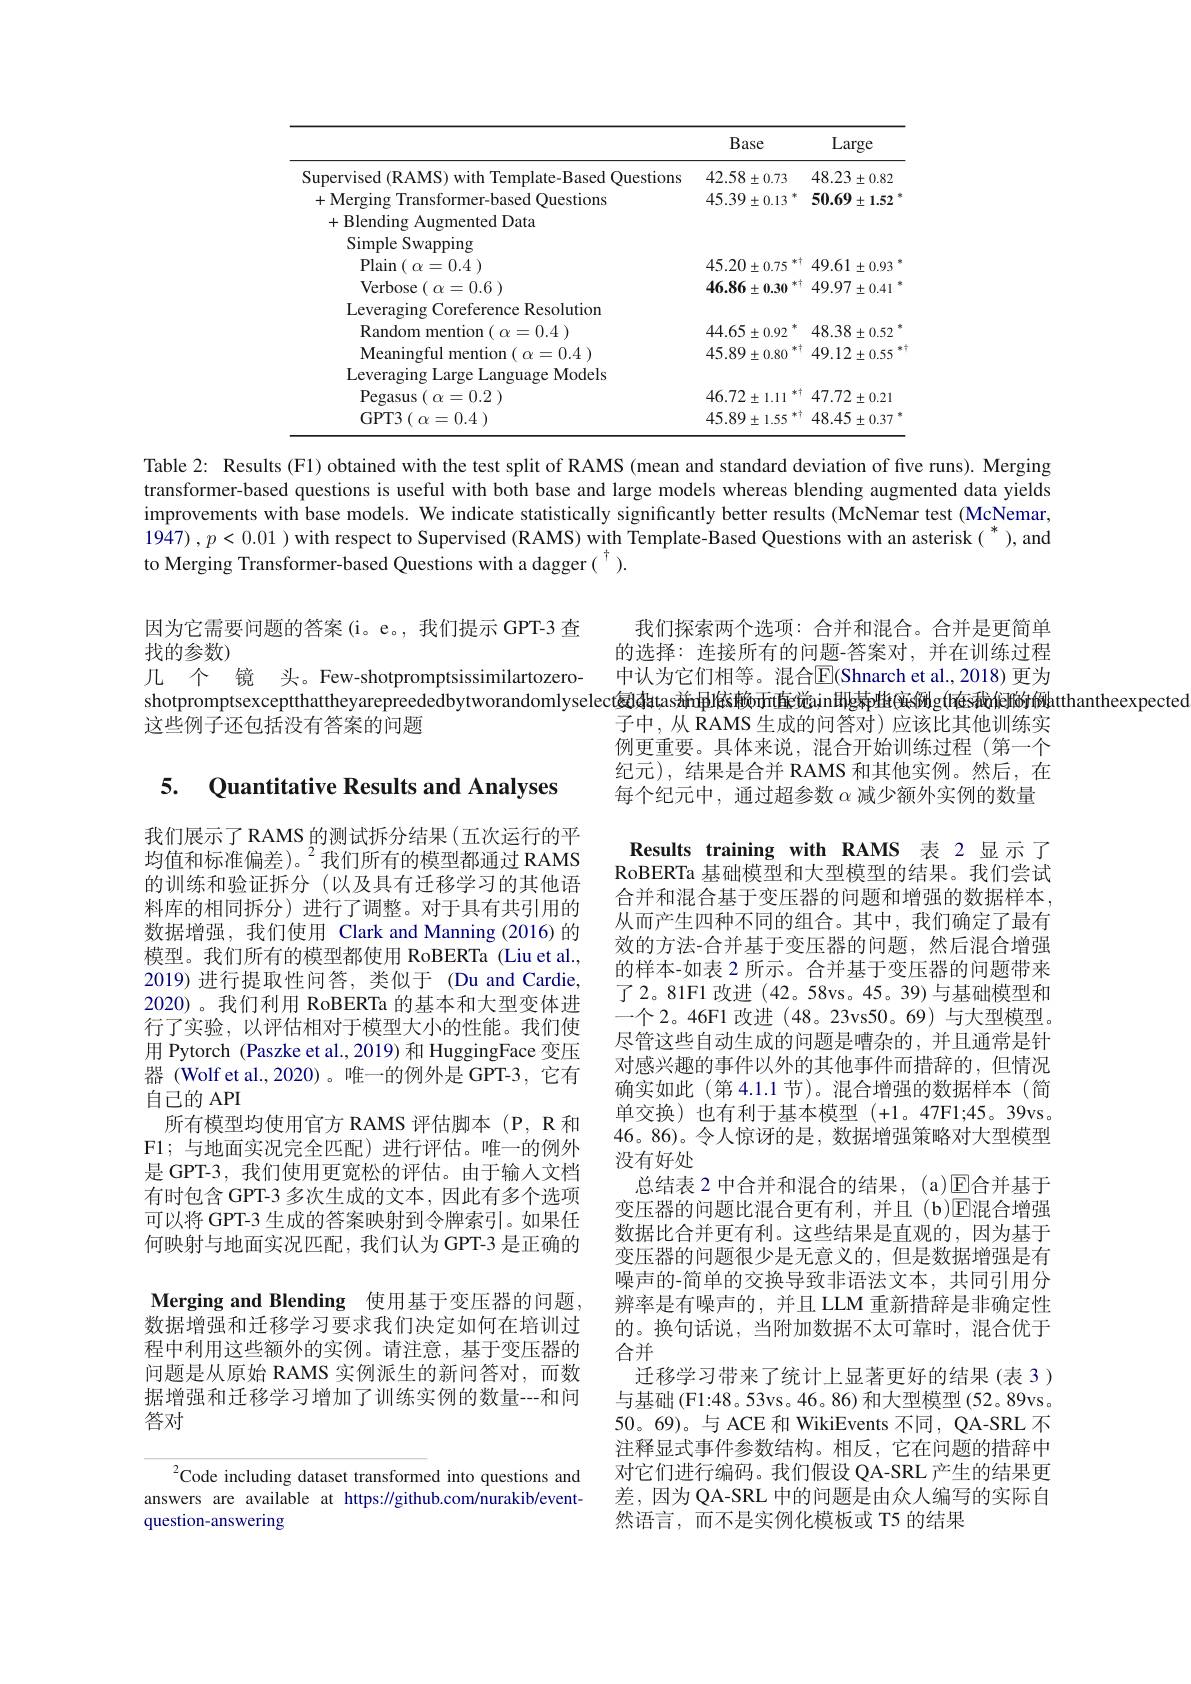
<table>
	<tbody>
		<tr>
			<th> </th>
			<th>Base</th>
			<th>Large</th>
		</tr>
		<tr>
			<td>Supervised (RAMS) with Template-Based Ouestions</td>
			<td>$42.58\pm0.73$</td>
			<td>48.23 $3\pm0.82$</td>
		</tr>
		<tr>
			<td>Ouestions</td>
			<td>45.39 $\pm0.13$ 本</td>
			<td>50.69 $\pm1.52$</td>
		</tr>
		<tr>
			<td>ented Data +Rlendin</td>
			<td> </td>
			<td> </td>
		</tr>
		<tr>
			<td>Simple Swapping 2.1</td>
			<td> </td>
			<td> </td>
		</tr>
		<tr>
			<td>Plain e $\alpha = 0. 4$ )</td>
			<td>45.20 $\pm0.75$</td>
			<td>49.61 $\pm0.93$</td>
		</tr>
		<tr>
			<td>Verhose $\alpha = 0. 6$ )</td>
			<td>46.86 $\pm0.30$</td>
			<td>49.97 $\pm0.41$</td>
		</tr>
		<tr>
			<td>Leverz Corefere Resolution</td>
			<td> </td>
			<td> </td>
		</tr>
		<tr>
			<td>Random =0.4 ) rinn 一二</td>
			<td>44.65 1 $\pm0.92$</td>
			<td>48.38 $\pm0.52$</td>
		</tr>
		<tr>
			<td>=0.4 Me:</td>
			<td>45.89 $\pm0.80$ 木 </td>
			<td>$49.12\pm0.55$</td>
		</tr>
		<tr>
			<td>Models $Ar\sigma P$</td>
			<td> </td>
			<td> </td>
		</tr>
		<tr>
			<td>Pegasus $x= 0. 2$ )</td>
			<td>$46.72\pm1.11$</td>
			<td>$47.72\pm0.21$</td>
		</tr>
		<tr>
			<td>GPT3$\left ( \:\alpha = 0. 4\:\right )$</td>
			<td>45.89 $\pm1.55$</td>
			<td>48.45 $\pm0.37$</td>
		</tr>
	</tbody>
</table>

Table 2: Results (F1) obtained with the test split of RAMS (mean and standard deviation of five runs). Merging transformer-based questions is useful with both base and large models whereas blending augmented data yields improvements with base models. We indicate statistically significantly better results (McNemar test (McNemar, $1947),p<0.01$ ) with respect to Supervised (RAMS) with Template-Based Questions with an asterisk( *), and to Merging Transformer-based Questions with a dagger ( ").

因为它需要问题的答案(i。e。,我们提示 GPT-3 查
我们探索两个选项：合并和混合。合并是更简单
找的参数)
的选择：连接所有的问题-答案对，并在训练过程
几 个 镜 头。Few-shotpromptsissimilartozero
中认为它们相等。混合$\overline{\mathrm{E}}($Shnarch et al.,2018) 更为
shotpromptsexceptthattheyarepreededbytworandomlyselect复由tas站ri目依赖而ri直始ain团g幕胜(实例g(tásdölel的的例htthantheexpected
子中，从 RAMS 生成的问答对)应该比其他训练实
这些例子还包括没有答案的问题

### 5. Ouantitative Results and Analvses

例更重要。具体来说，混合开始训练过程(第一个纪元),结果是合并 RAMS 和其他实例。然后，在每个纪元中，通过超参数$\alpha$减少额外实例的数量Results training with RAMS 表 2 显示了RoBERTa 基础模型和大型模型的结果。我们尝试合并和混合基于变压器的问题和增强的数据样本， 从而产生四种不同的组合。其中，我们确定了最有效的方法-合并基于变压器的问题，然后混合增强的样本-如表 2 所示。合并基于变压器的问题带来了2。81F1 改进 (42。58vs。45。39) 与基础模型和一个 2。46F1 改进 (48。23vs50。69) 与大型模型。尽管这些自动生成的问题是嘈杂的，并且通常是针对感兴趣的事件以外的其他事件而措辞的，但情况确实如此(第 4.1.1 节)。混合增强的数据样本(简单交换)也有利于基本模型(+1。47F1;45。39vs。46。86)。令人惊讶的是，数据增强策略对大型模型没有好处
总结表 2 中合并和混合的结果，(a)$\mathbb{E}$合并基于变压器的问题比混合更有利，并且(b)E混合增强数据比合并更有利。这些结果是直观的，因为基于变压器的问题很少是无意义的，但是数据增强是有噪声的-简单的交换导致非语法文本，共同引用分辨率是有噪声的，并且 LLM 重新措辞是非确定性的。换句话说，当附加数据不太可靠时，混合优于合并
迁移学习带来了统计上显著更好的结果(表 3) 与基础(F1:48。53vs。46。86) 和大型模型(52。89vs。50。69)。与 ACE 和 WikiEvents 不同，QA-SRL 不注释显式事件参数结构。相反，它在问题的措辞中对它们进行编码。我们假设 QA-SRL 产生的结果更差，因为 QA-SRL 中的问题是由众人编写的实际自然语言，而不是实例化模板或 T5 的结果

我们展示了 RAMS 的测试拆分结果(五次运行的平均值和标准偏差)。$^2$我们所有的模型都通过 RAMS 的训练和验证拆分(以及具有迁移学习的其他语料库的相同拆分)进行了调整。对于具有共引用的数据增强，我们使用 Clark and Manning (2016)的模型。我们所有的模型都使用 RoBERTa (Liu et al., 2019)进行提取性问答，类似于(Du and Cardie, 2020)。我们利用 RoBERTa 的基本和大型变体进行了实验，以评估相对于模型大小的性能。我们使用 Pytorch (Paszke et al.,2019) 和 HuggingFace 变压器 (Wolf et al.,2020)。唯一的例外是 GPT-3,它有自己的 API
所有模型均使用官方 RAMS 评估脚本(P,R 和F1;与地面实况完全匹配)进行评估。唯一的例外是 GPT-3, 我们使用更宽松的评估。由于输人文档有时包含 GPT-3 多次生成的文本，因此有多个选项可以将 GPT-3 生成的答案映射到令牌索引。如果任何映射与地面实况匹配，我们认为 GPT-3 是正确的Merging and Blending 使用基于变压器的问题， 数据增强和迁移学习要求我们决定如何在培训过程中利用这些额外的实例。请注意，基于变压器的问题是从原始 RAMS 实例派生的新问答对，而数据增强和迁移学习增加了训练实例的数量---和问答对

$^2$Code including dataset transformed into questions and answers are available at https://github.com/nurakib/eventquestion-answering